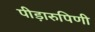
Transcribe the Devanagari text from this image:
पीड़ारुपिणी